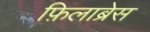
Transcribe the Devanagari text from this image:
फ़िलाब्रेस